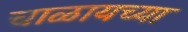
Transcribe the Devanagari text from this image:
चाळायच्या